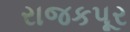
રાજકપૂર